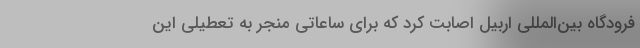
فرودگاه بین‌المللی اربیل اصابت کرد که برای ساعاتی منجر به تعطیلی این